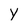
Character: Y